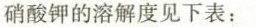
硝酸钾的溶解度见下表：